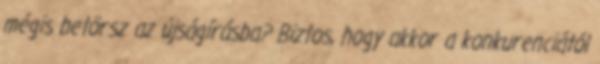
mégis betörsz az újságírásba? Biztos, hogy akkor a konkurenciától